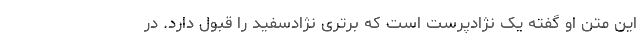
این متن او گفته یک نژادپرست است که برتری نژادسفید را قبول دارد. در